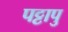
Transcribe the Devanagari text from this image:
पट्टापु